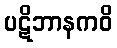
ပဋိဘာနကဝိ